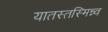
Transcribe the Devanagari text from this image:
यातस्तस्मिन्न्व